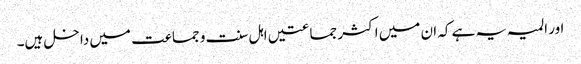
اور المیہ یہ ہے کہ ان میں اکثر جماعتیں اہل سنت و جماعت میں داخل ہیں۔